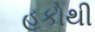
હકોથી